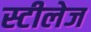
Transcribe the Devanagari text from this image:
स्टीलेज